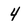
Character: 4